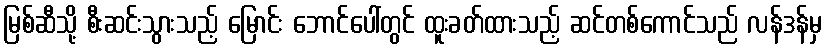
မြစ်ဆီသို့ စီးဆင်းသွားသည့် မြောင်း ဘောင်ပေါ်တွင် ထူးခတ်ထားသည့် ဆင်တစ်ကောင်သည် လန်ဒန်မှ